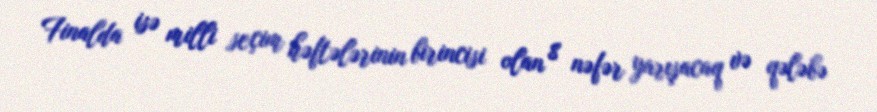
Finalda isə milli seçim həftələrinin birincisi olan 8 nəfər yarışacaq və qələbə